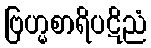
ဗြဟ္မစာရိပဋိညံ